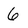
Character: 6